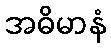
အဓိမာနံ